Indian journal of veterinary science and animal husbandry - Volumes 15-17, 1948-1951
Year: 1948
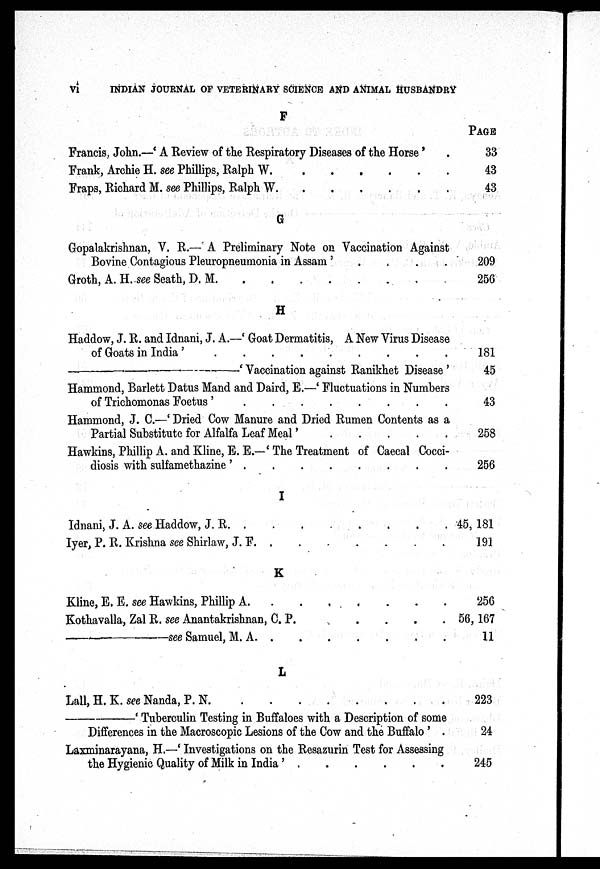
vi
INDIAN JOURNAL OF VETERINARY SCIENCE AND ANIMAL HUSBANDRY
F
Francis, John.—'A Review of the Respiratory Diseases of the Horse' .
Frank, Archie H. see Phillips, Ralph W. . . . . . . . .
Fraps, Richard M. see Phillips, Ralph W. . . . . . . . .
G
Gopalakrishnan, V. R.—'A Preliminary Note on Vaccination Against
Bovine Contagious Pleuropneumonia in Assam' . . . . . . . .
Groth, A. H. see Seath, D. M.
.
.
.
.
.
.
.
.
H
Haddow, J. R. and Idnani, J. A.—'Goat Dermatitis, A New Virus Disease
of Goats in India . . . . . . . .
—'Vaccination
against Ranikhet Disease'
Hammond, Barlett Datus Mand and Daird, E.—'Fluctuations in Numbers
of Trichomonas Foetus'.
.
.
.
.
.
.
.
.
Hammond, J. C.—'Dried Cow Manure and Dried Rumen Contents as a
Partial Substitute for Alfalfa Leaf Meal' . . . . . . . . .
Hawkins, Phillip A. and Kline, E. E.—'The Treatment of Caecal Cocci-
diosis with sulfamethazine '. . . . . . . . .
I
Idnani, J. A. see Haddow, J. R.
.
.
.
.
.
.
.
.
Iyer, P. R. Krishna see Shirlaw, J. F. . . . . . . . .
K
Kline, E. E. see Hawkins, Phillip A. . . . . . . . .
Kothavalla, Zal R. see Anantakrishnan, C. P. . . . . . . . .
—
see
Samuel, M. A. . . . . . . . .
L
Lall, H. K. see Nanda, P.
N.
.
.
.
.
.
.
.
.
—'Tuberculin Testing in Buffaloes with a Description of some
Differences in the Macroscopic Lesions of the Cow and the Buffalo' .
Laxminarayana, H.—'Investigations on the Resazurin Test for Assessing
the Hygienic Quality of Milk in India'. . . . . . . . .
PAGE
33
43
43
209
256
181
45
43
258
256
45, 181
191
256
56, 167
11
223
24
245